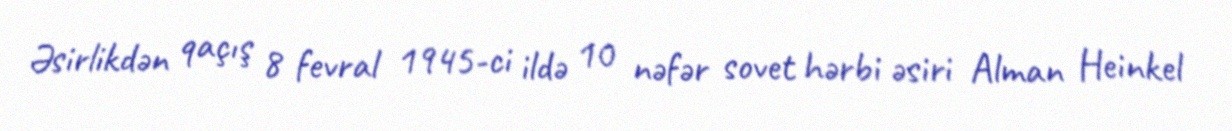
Əsirlikdən qaçış 8 fevral 1945-ci ildə 10 nəfər sovet hərbi əsiri Alman Heinkel